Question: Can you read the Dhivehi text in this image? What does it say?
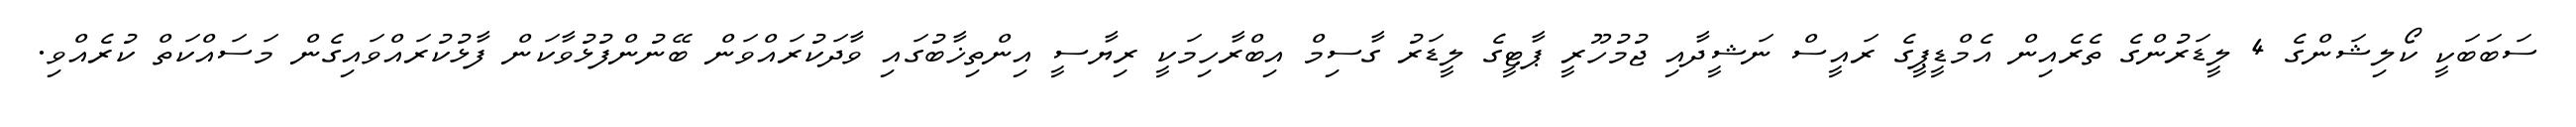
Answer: ސަބަބަކީ ކޯލިޝަންގެ 4 ލީޑަރުންގެ ތެރެއިން އެމްޑީޕީގެ ރައީސް ނަޝީދާއި ޖުމުހޫރީ ޕާޓީގެ ލީޑަރު ގާސިމް އިބްރާހިމަކީ ރިޔާސީ އިންތިޚާބުގައި ވާދަކުރައްވަން ބޭނުންފުޅުވާކަން ފާޅުކުރައްވައިގެން މަސައްކަތް ކުރެއްވި.